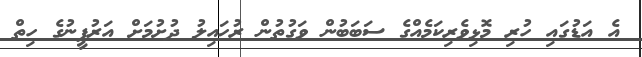
އެ އަޑުގައި ހުރި މޮޅިވެރިކަމެއްގެ ސަބަބުން ވަގުތުން ރުހައިލު ދުށުމަށް އަރުފީނުގެ ހިތް